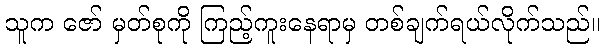
သူက ဇော် မှတ်စုကို ကြည့်ကူးနေရာမှ တစ်ချက်ရယ်လိုက်သည်။